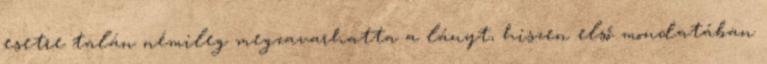
esetre talán némileg megzavarhatta a lányt, hiszen első mondatában